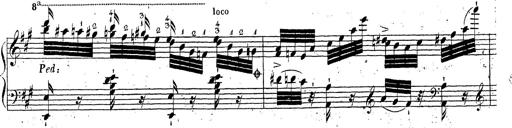
Title: Grande fantaisie sur la tyrolienne de l'opÃ©ra
Composer: Franz Liszt
Key: A major